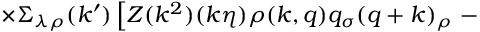
\times \Sigma _ { \lambda \rho } ( k ^ { \prime } ) \left[ Z ( k ^ { 2 } ) ( k \eta ) \rho ( k , q ) q _ { \sigma } ( q + k ) _ { \rho } \right. -